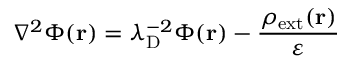
\nabla ^ { 2 } \Phi ( \mathbf { r } ) = \lambda _ { \mathrm { { D } } } ^ { - 2 } \Phi ( \mathbf { r } ) - { \frac { \rho _ { \mathrm { { e x t } } } ( \mathbf { r } ) } { \varepsilon } }